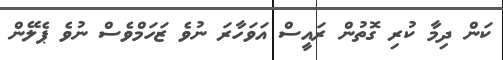
ކަން ދިމާ ކުރި ގޮތުން ރައީސް އަވަހާރަ ނުވެ ޒަހަމްވެސް ނުވެ ޕެލޭން